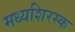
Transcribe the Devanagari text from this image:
मध्यशिरस्क